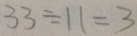
3 3 \div 1 1 = 3